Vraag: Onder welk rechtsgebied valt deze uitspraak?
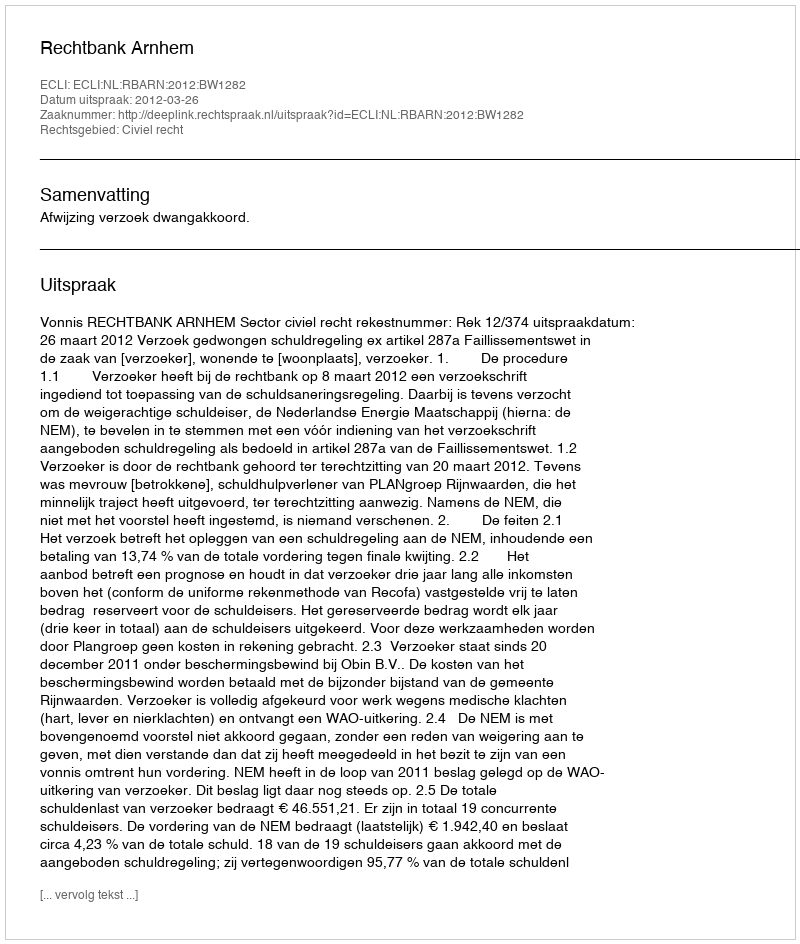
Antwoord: Civiel recht